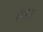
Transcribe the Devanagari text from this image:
दशभार